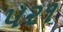
૫૨૧